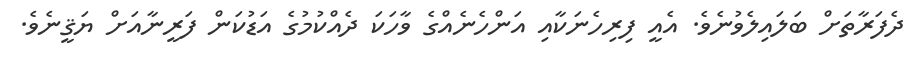
ދެފަރާތަށް ބަލައިލެވުނެވެ. އެއީ ފިރިހެނަކާއި އަންހެނެއްގެ ވާހަކަ ދެއްކުމުގެ އަޑުކަން ފަރީނާއަށް ޔަޤީނެވެ.